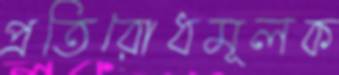
প্রতিরোধমূলক